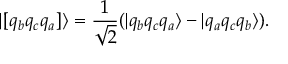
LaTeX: | [ q _ { b } q _ { c } q _ { a } ] \rangle = \frac { 1 } { \sqrt { 2 } } ( | q _ { b } q _ { c } q _ { a } \rangle - | q _ { a } q _ { c } q _ { b } \rangle ) .